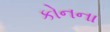
કોનના